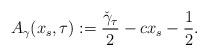
LaTeX: \begin{align*} A_\gamma (x_s,\tau) := \frac{\check{\gamma}_\tau}{2} -cx_s -\frac{1}{2}. \end{align*}